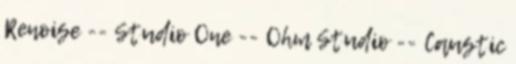
Renoise -- Studio One -- Ohm Studio -- Caustic